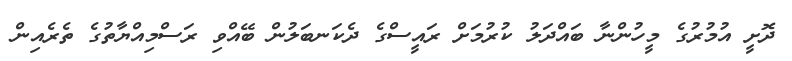
ދޮށީ އުމުރުގެ މީހުންނާ ބައްދަލު ކުރުމަށް ރައީސްގެ ދެކަނބަލުން ބޭއްވި ރަސްމިއްޔާތުގެ ތެރެއިން